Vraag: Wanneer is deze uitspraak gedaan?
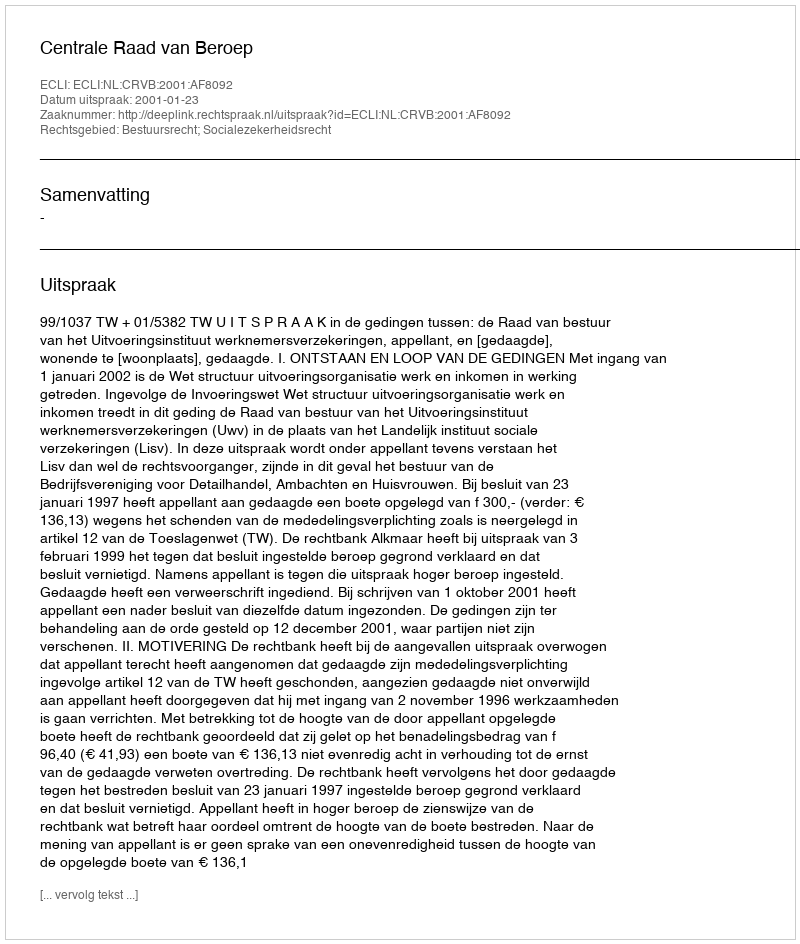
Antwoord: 2001-01-23